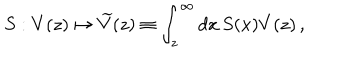
S : V ( z ) \mapsto \widetilde { V } ( z ) \equiv \int _ { z } ^ { \infty } d x \, S ( x ) V ( z ) \, ,